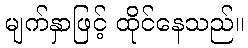
မျက်နှာဖြင့် ထိုင်နေသည်။